Senior Leaving Certificate Examination (including Day School Certificate (Higher) General paper), 1950
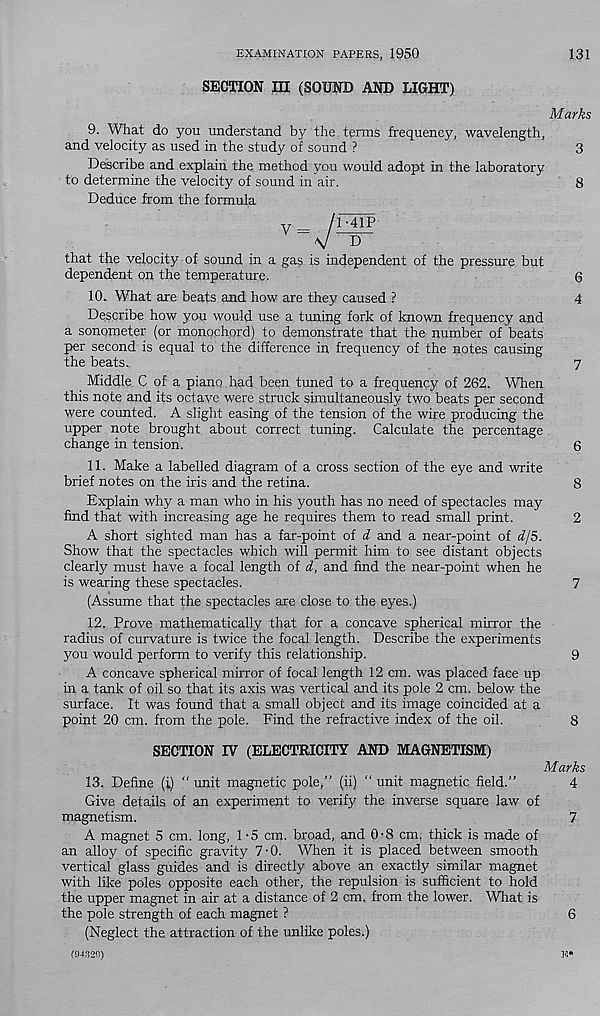
EXAMINATION PAPERS, 1950
131
SECTION m (SOUND AND LIGHT)
Marks
9. What do you understand by the terms frequency, wavelength,
and velocity as used in the study of sound ?
3
Describe and explain the method you would adopt in the laboratory
to determine the velocity of sound in air.
8
Deduce from the formula
that the velocity of sound in a gas is independent of the pressure but
dependent on the temperature.
6
10. What are beats and how are they caused ?
4
Describe how you would use a tuning fork of known frequency and
a sonometer (or monochord) to demonstrate that the number of beats
per second is equal to the difference in frequency of the notes causing
the beats..
7
Middle C of a piano had been tuned to a frequency of 262. When
this note and its octave were struck simultaneously two beats per second
were counted. A slight easing of the tension of the wire producing the
upper note brought about correct tuning. Calculate the percentage
change in tension.
6
11. Make a labelled diagram of a cross section of the eye and write
brief notes on the iris and the retina.
8
Explain why a man who in his youth has no need of spectacles may
find that with increasing age he requires them to read small print.
2
A short sighted man has a far-point of d and a near-point of d/S.
Show that the spectacles which will permit him to see distant objects
clearly must have a focal length of d, and find the near-point when he
is wearing these spectacles.
7
(Assume that the spectacles are close to the eyes.)
12. Prove mathematically that for a concave spherical mirror the
radius of curvature is twice the focal length. Describe the experiments
you would perform to verify this relationship.
9
A concave spherical mirror of focal length 12 cm. was placed face up
in a tank of oil so that its axis was vertical and its pole 2 cm. below the
surface. It was found that a small object and its image coincided at a
point 20 cm. from the pole. Find the refractive index of the oil.
8
SECTION IV (ELECTRICITY AND MAGNETISM)
Marks
13. Define (i) “ unit magnetic pole,” (ii) " unit magnetic field.”
4
Give details of an experiment to verify the inverse square law of
magnetism.
7
A magnet 5 cm. long, 1 -5 cm. broad, and 0-8 cm. thick is made of
an alloy of specific gravity 7-0. When it is placed between smooth
vertical glass guides and is directly above an exactly similar magnet
with like poles opposite each other, the repulsion is sufficient to hold
the upper magnet in air at a distance of 2 cm. from the lower. What is
the pole strength of each magnet ?
6
(Neglect the attraction of the unlike poles.)
u*
(94320)